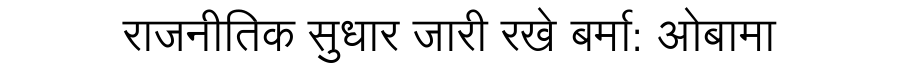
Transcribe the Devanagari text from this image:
राजनीतिक सुधार जारी रखे बर्मा: ओबामा